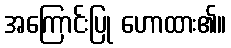
အကြောင်းပြု ဟောထား၏။